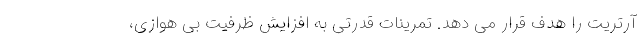
آرتریت را هدف قرار می دهد. تمرینات قدرتی به افزایش ظرفیت بی هوازی،